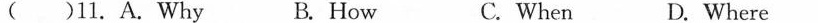
( ) 11.A.Why B.How C.When D.Where